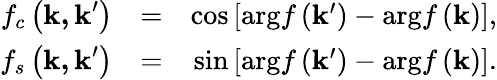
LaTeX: \begin{array}{rlr}{f_{c}\left(\mathbf{k,k}^{\prime}\right)}&{=}&{\cos\left[\mathrm{arg}f\left(\mathbf{k}^{\prime}\right)-\mathrm{arg}f\left(\mathbf{k}\right)\right],}\\ {f_{s}\left(\mathbf{k,k}^{\prime}\right)}&{=}&{\sin\left[\mathrm{arg}f\left(\mathbf{k}^{\prime}\right)-\mathrm{arg}f\left(\mathbf{k}\right)\right].}\end{array}